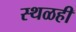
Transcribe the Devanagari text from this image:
स्थळही